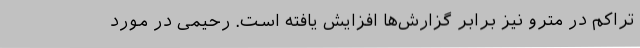
تراکم در مترو نیز برابر گزارش‌ها افزایش یافته است. رحیمی در مورد